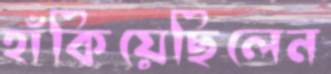
হাঁকিয়েছিলেন